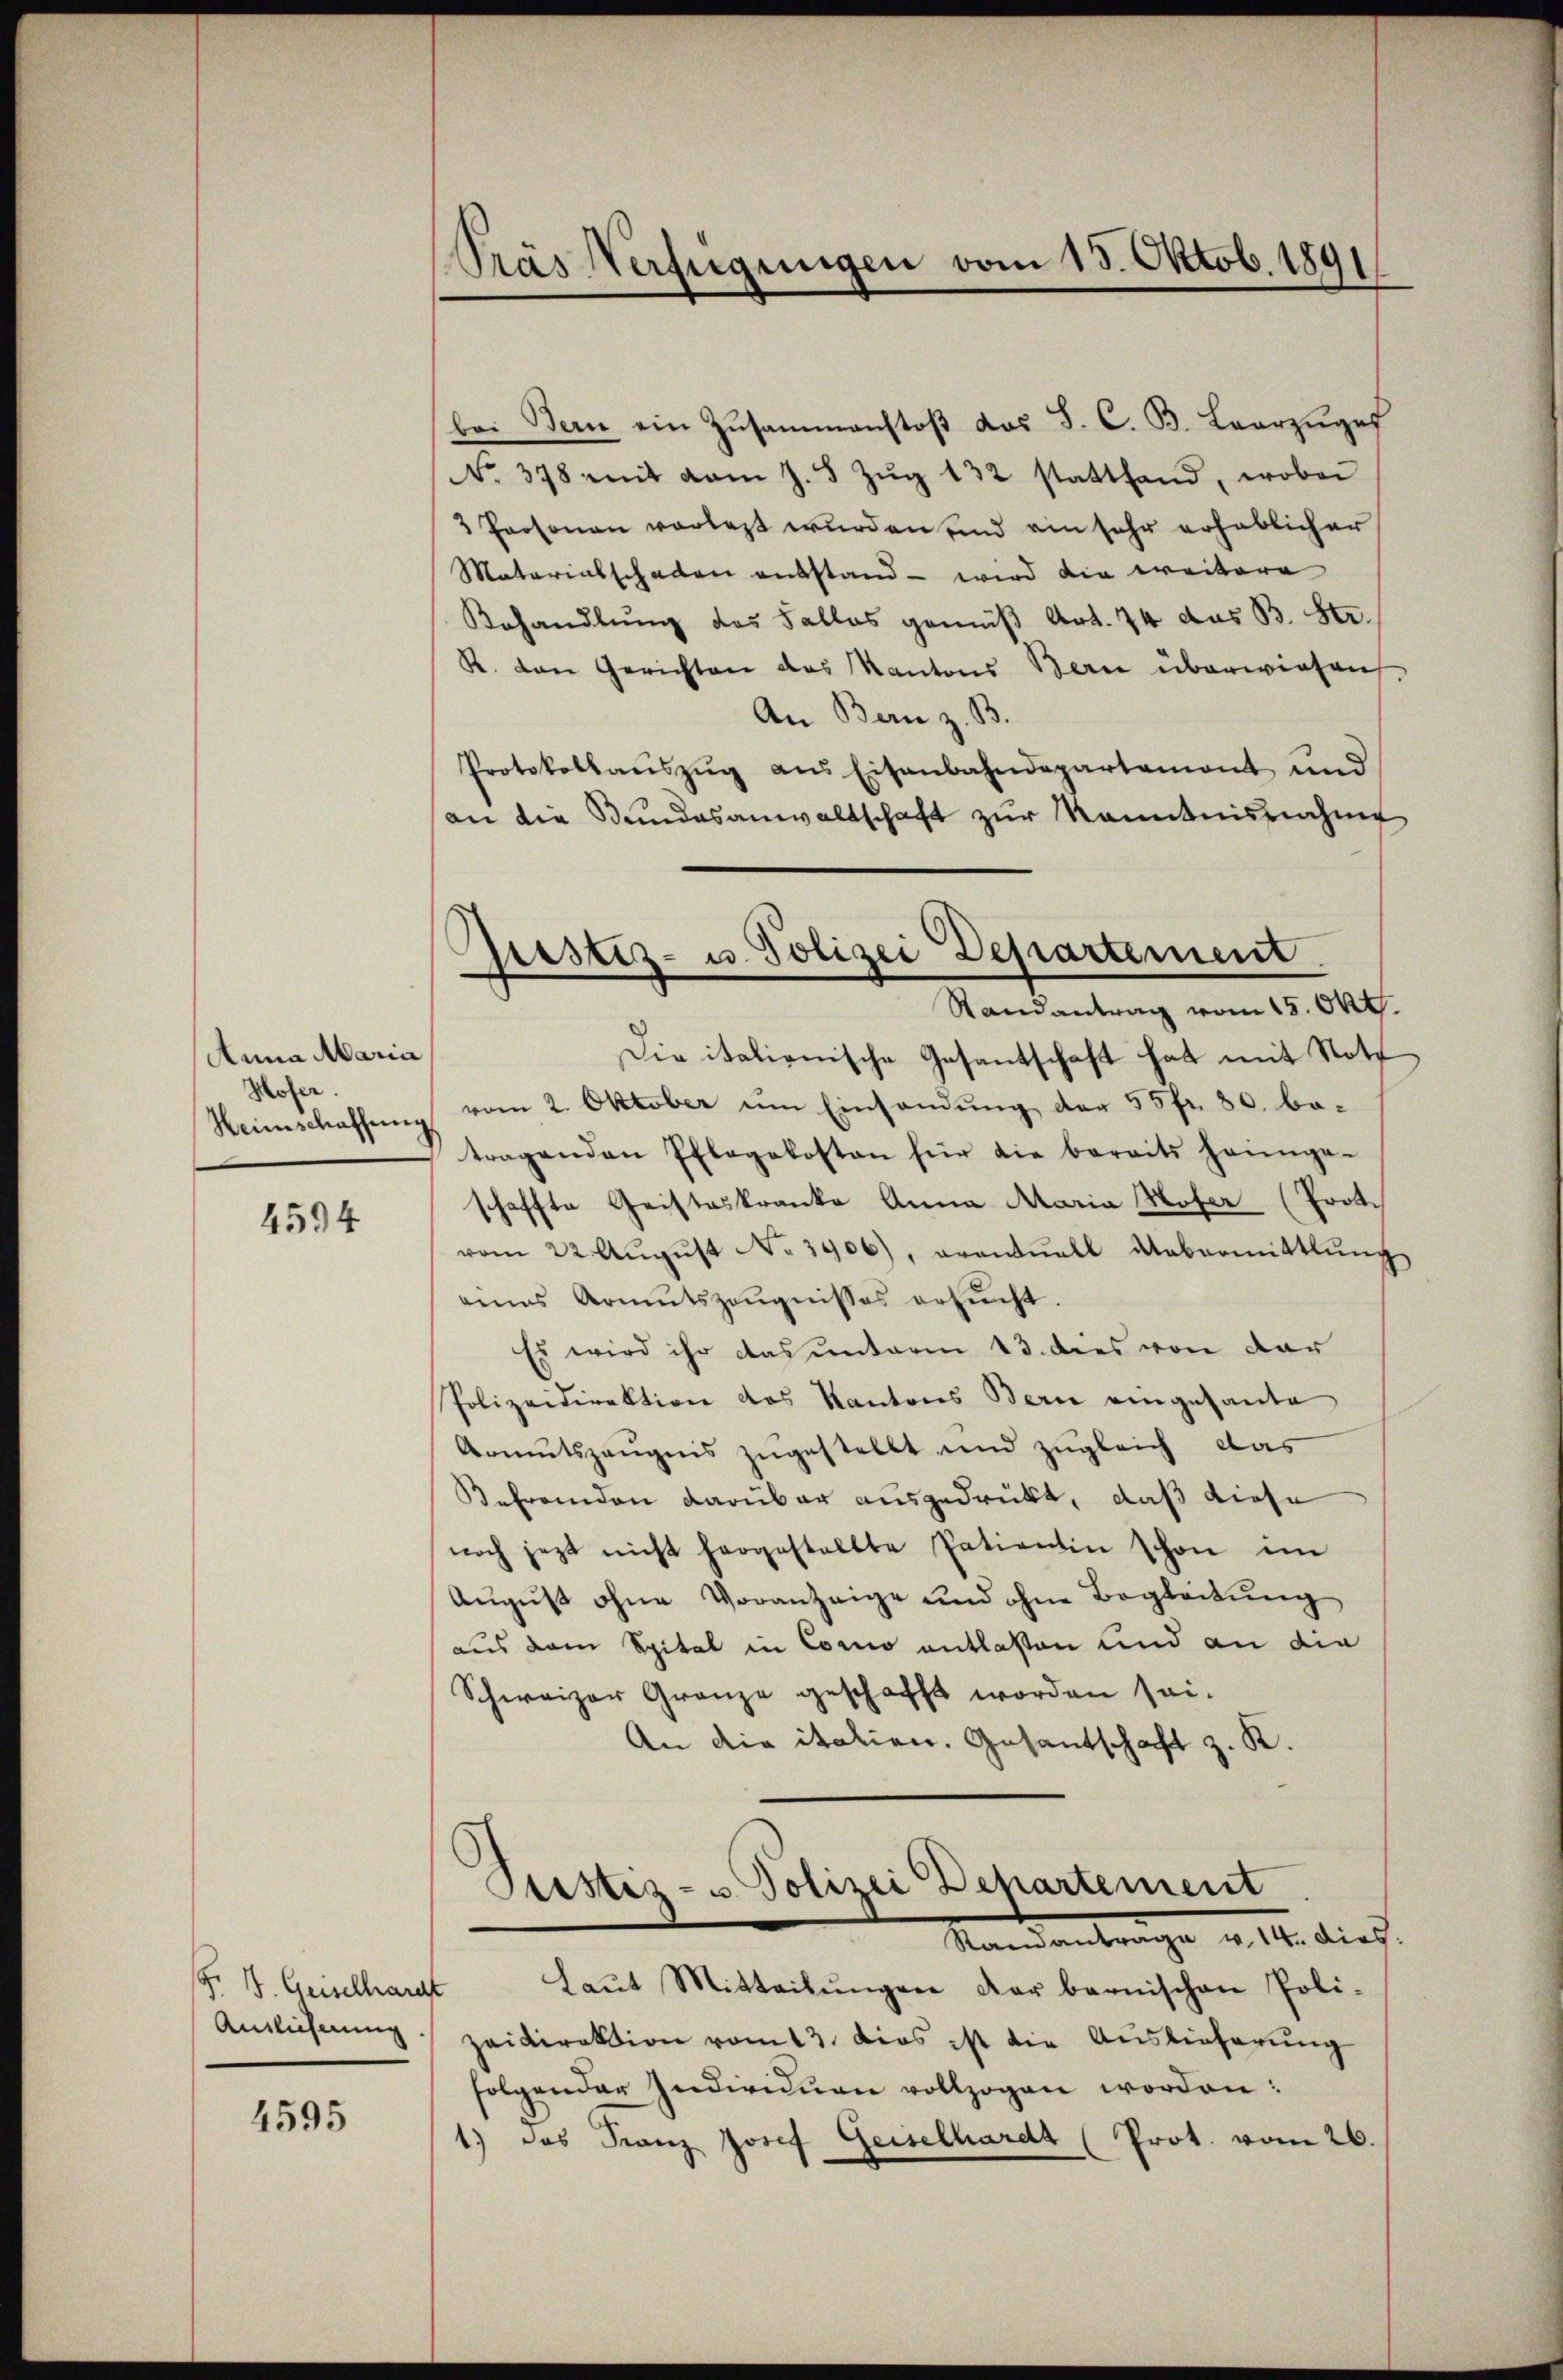
Anna Maria,
Hofer.
Heimschaffung

4594

F. B. Geiselharcht
Anslicherung

4595

Pras Verfügungen vom 15. Oktob. 1891

Gustiz- u. Polizei Departement.
Randantrag vom 15. Okt.

bei Bern ein Zusammenstoβ das J. C. B. Lorzŭges
No. 378 mit vom J. 5 Zŭg 132 stattfand, wobei
3 Personen vorlegt wurden und ein sehr erheblicher
Matariatschaden entstand - wird die weitera
Behandlung des Falles gemäß Art. 74 des B. Str.
R. den Gerichten das Kantons Bern überwiesen
An Bern z. B.
Protokollaŭszŭg ans Eisenbahndepartemont und
an die Bundesanwaltschaft zur Kenntnisnahme
Die italienische Gesantschaft hat mit Noth
vom 2. Oktober um Einsandung der 55 fr. 80. betragenden Pflegekosten für die bereits heimge-
schaffte Cristeskranke Anna Maria Hofer (Prot.
vom 22. Aŭgŭst No. 3906), avantŭell Uebermittlŭng
eines Armutszeŭgnisses ersucht.
Es wird ihr das unterm 13. dies von der
Polizeidirektion des Kantons Bern eingesante
Armutszeŭgnis zugestellt und zugleich das
Befremden darüber ausgedrückt, daß diese
noch jezt nicht hergestellte Patientin schon im
Aŭgŭst ohne Voranzeige und ohne Begleitung
aus dem Spital in Como entlaßen und an die
Schweizer Gränze geschafft worden sei.
An die italien. Gesantschaft z. K.

Justiz- u Polizei Departement
Randantrage v. 14. dies.

Laŭt Mitteilŭngen dar bernischen Poli-
zeidirektion vom 13. dies ist die Auslieferung
folgender Individuen vollzogen worden:
1) das Franz Josef Geiselhardt (Prot. vom 26.